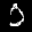
Label: 0